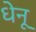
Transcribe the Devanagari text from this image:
धेनू